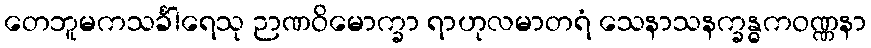
တေဘူမကသင်္ခါရေသု ဉာဏဝိမောက္ခာ ရာဟုလမာတရံ သေနာသနက္ခန္ဓကဝဏ္ဏနာ